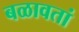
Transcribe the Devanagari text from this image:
बळावतां